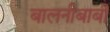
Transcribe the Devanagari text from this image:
बालनीबार्बी